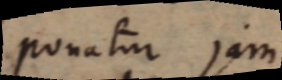
Ponatur jam